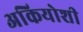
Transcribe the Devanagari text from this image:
अकियोशी